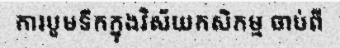
ការបូមទឹកក្នុងវិស័យកសិកម្ម ចាប់ពី